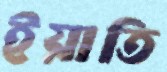
ইয়াতি